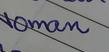
Signature authenticity: genuine